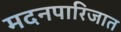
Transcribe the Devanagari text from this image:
मदनपारिजात